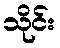
သိုင်း